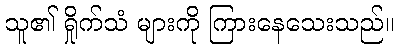
သူ၏ ရှိုက်သံ များကို ကြားနေသေးသည်။